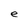
Character: e